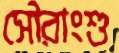
সৌরাংশু